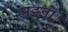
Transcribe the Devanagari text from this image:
जड़ना।